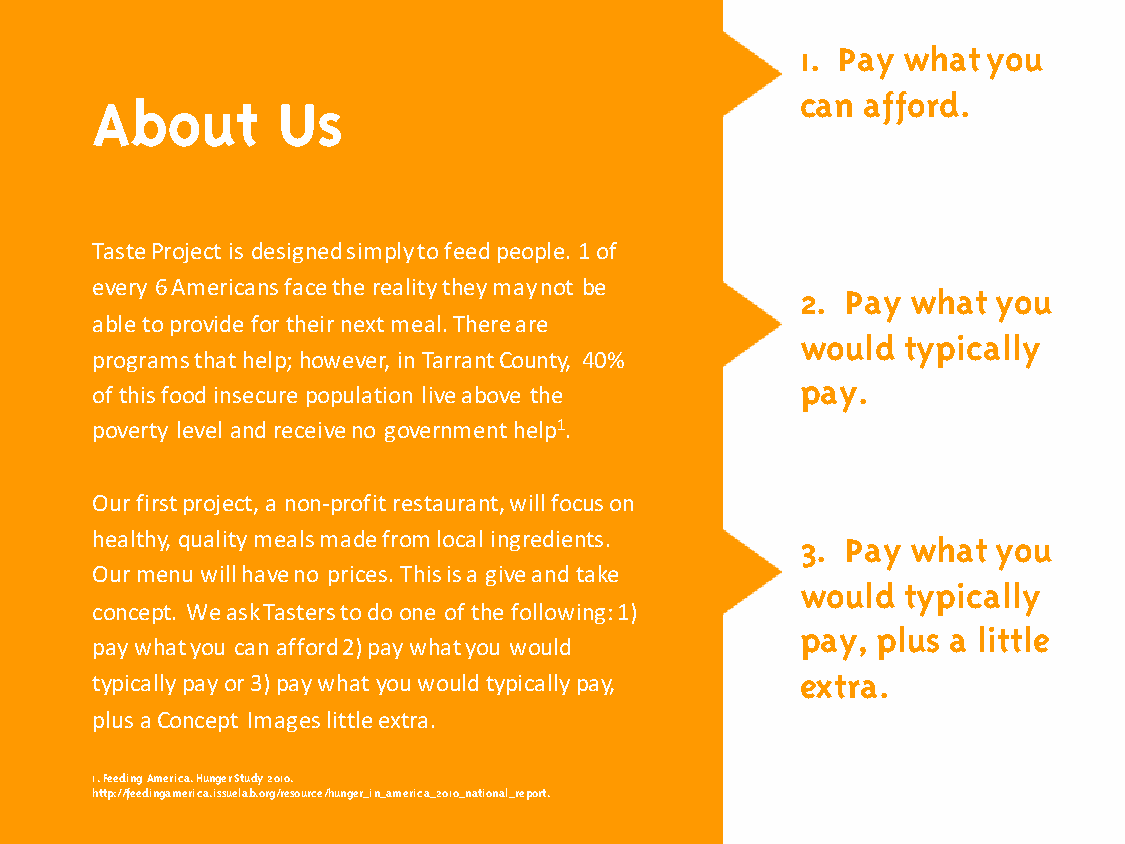
1. Pay what you
 About       Us                                 can afford.
 Taste Project is designed simply to feed people. 1 of
 every 6 Americans face the reality they may not be
 2. Pay what  you
 able to provide for their next meal. There are
 would  typically
 programs that help; however, in Tarrant County, 40%
 pay.
 of this food insecure population live above the
 poverty level and receive no government help1.
 Our first project, a non-profit restaurant, will focus on
 healthy, quality meals made from local ingredients. 3. Pay what you
 Our menu will have no prices. This is a give and take
 would  typically
 concept. We ask Tasters to do one of the following: 1)
 pay, plus a little
 pay what you can afford 2) pay what you would
 typically pay or 3) pay what you would typically pay, extra.
 plus a Concept Images little extra.
 1. Feeding America. Hunger Study 2010.
 http://feedingamerica.issuelab.org/resource/hunger_in_america_2010_national_report.